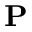
\mathbf { P }